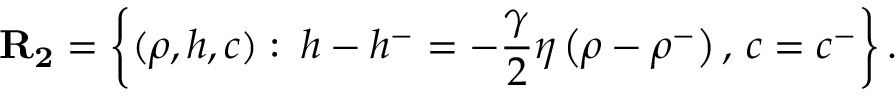
\mathbf { R _ { 2 } } = \left\{ ( \rho , h , c ) : \: h - h ^ { - } = - \frac { \gamma } { 2 } \eta \left( \rho - \rho ^ { - } \right) , \, c = c ^ { - } \right\} .